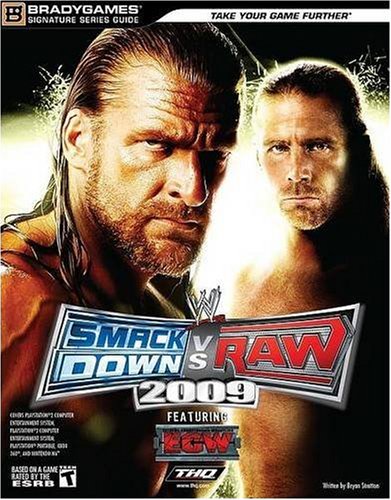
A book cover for WWE SmackDown vs. Raw 2009 Signature Series Guide (Bradygames Signature Guides); BradyGames; Humor & Entertainment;